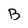
Character: B